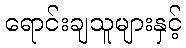
ရောင်းချသူများနှင့်